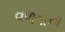
વળવાના